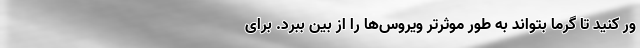
ور کنید تا گرما بتواند به طور موثرتر ویروس‌ها را از بین ببرد. برای